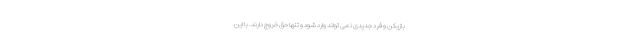
بازیکن و فرد جدیدی نمی تواند وارد شود و تنها حق خروج دارند. با این